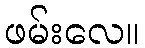
ဖမ်းလေ။